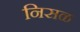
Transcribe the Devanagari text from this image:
निसळ